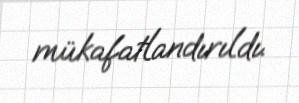
mükafatlandırıldı.